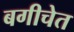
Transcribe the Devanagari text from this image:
बगीचेत